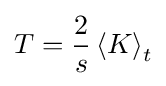
T={\frac {2}{s}}\left\langle K\right\rangle _{t}